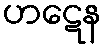
ဟဋေန